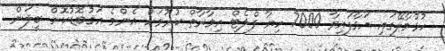
ހުޅުމާލޭގައި އަޅާފައިވާ 7000 ހިޔާ ފްލެޓް އިމާރާތް ކުރުމަށް އެންމެ އަގުބޮޑުކޮށް ބީލަން